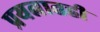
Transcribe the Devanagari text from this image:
प्रयत्नातही